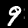
Label: 9